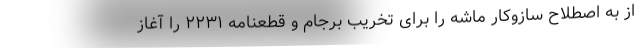
از به اصطلاح سازوکار ماشه را برای تخریب برجام و قطعنامه ۲۲۳۱ را آغاز